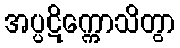
အပ္ပဋိက္ကောသိတွာ